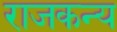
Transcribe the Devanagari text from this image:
राजकन्य